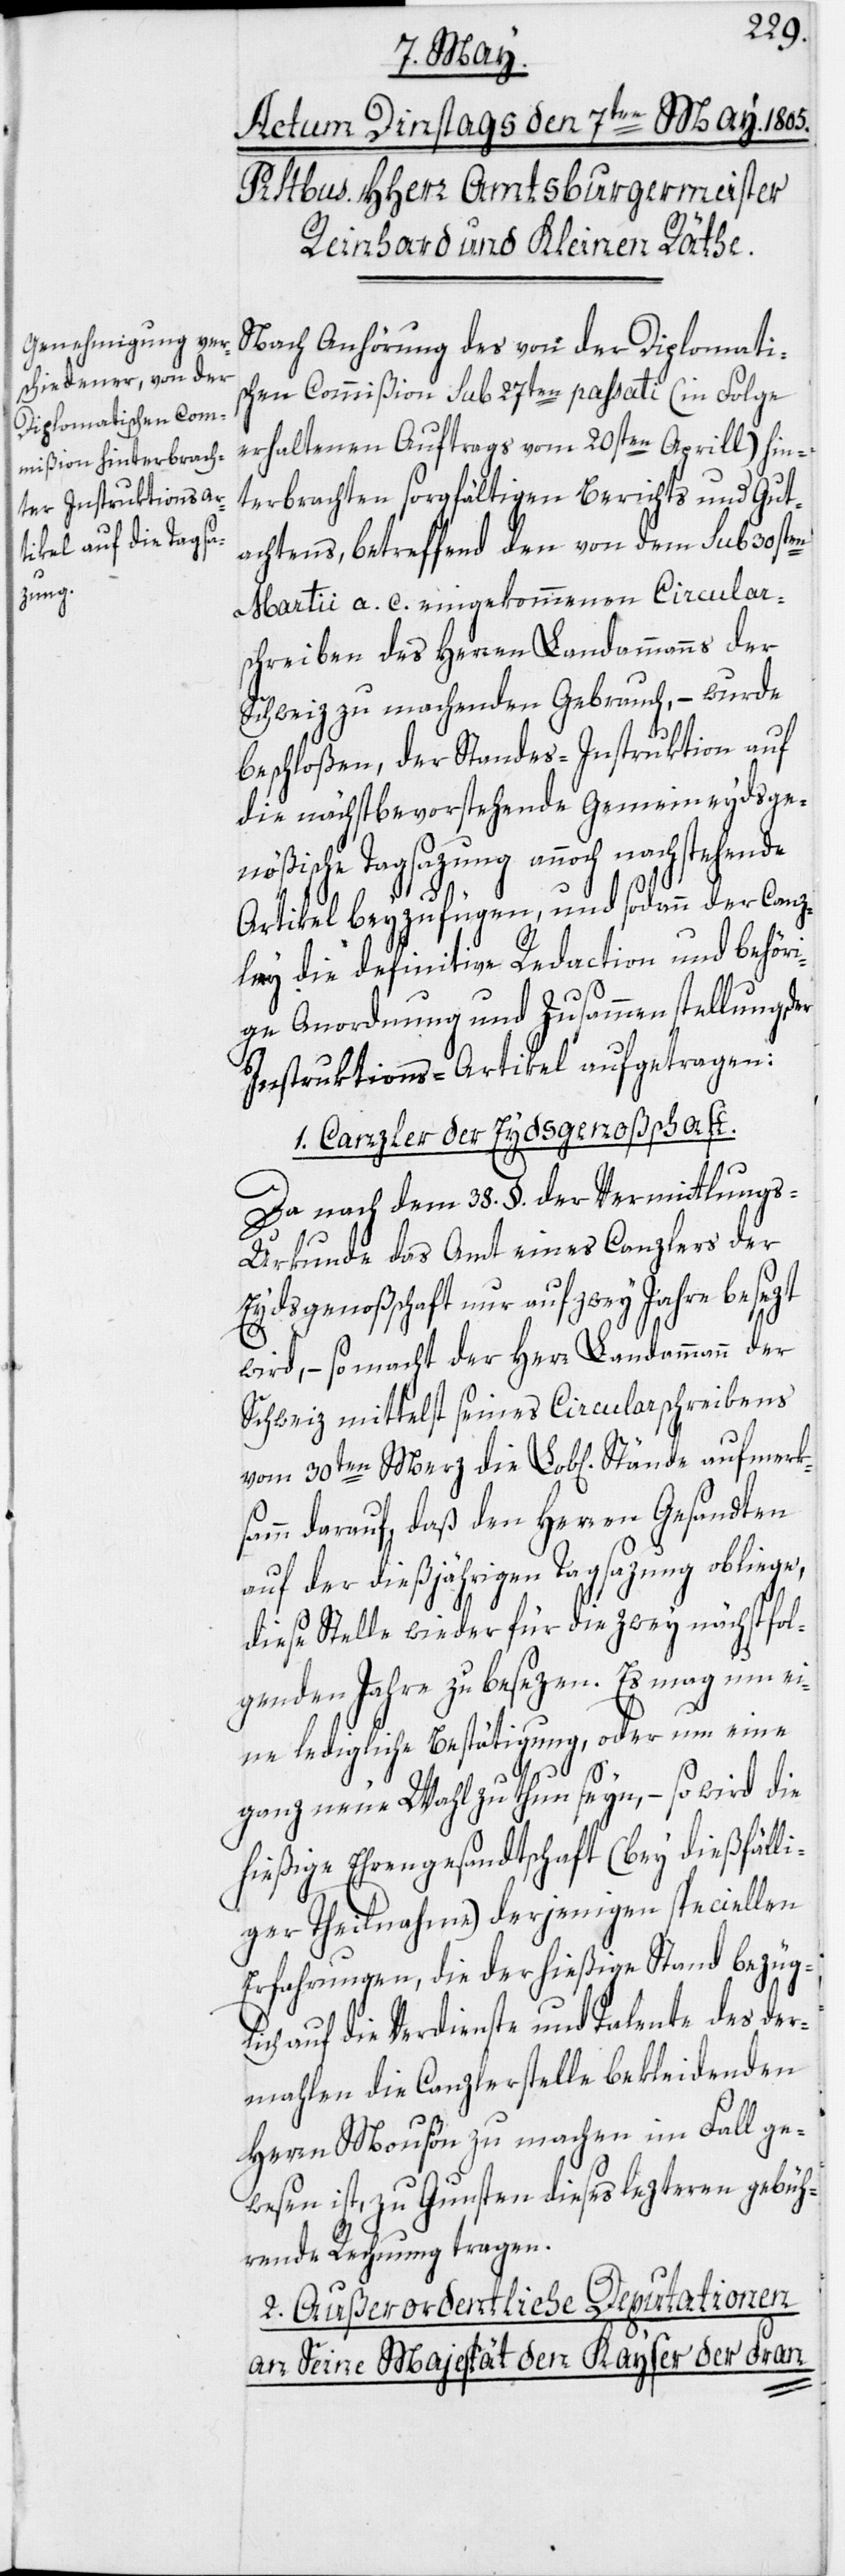
aufmerk¬

Nach Anhörung des von der Diplomatis¬
chen Commißion sub 27ten passati (in Folge
erhaltenen Auftrags vom 20sten Aprill) hin¬
terbrachten sorgfältigen Berichts und Gut¬
achtens, betreffend den von dem sub 30sten
Martii a. c. eingekommenen Circular¬
schreiben des Herren Landammanns der
Schweiz zu machenden Gebrauch, – wurde
beschloßen, der Standes-Instruktion auf
die nächstbevorstehende Gemeineydsge¬
nößische Tagsazung annoch nachstehende
Artikel beyzufügen, und sodann der Canz¬
ley die definitive Redaction und behöri¬
ge Anordung und Zusammenstellung der
Instruktions-Artikel aufgetragen:
1. Canzler der Eydsgenoßschaft.
Da nach dem 38. §. der Vermittlung¬
s-Urkunde das Amt eines Canzlers der
Eydsgenoßschaft nur auf zwey Jahre besezt
wird, – so macht der Herr Landammann der
Schweiz mittelst seines Circularschreibens
samm darauf, daß den Herren Gesandten
auf der dießjährigen Tagsazung obliege,
diese Stelle wieder für die zwey nächstfol¬
genden Jahre zu besezen. Es mag um ei¬
ne ledigliche Bestätigung, oder um eine
ganz neue Wahl zu thun seyn, – so wird die
hießige Ehrengesandtschaft (bey dießfälli¬
ger Theilnahme) derjenigen speciellen
Erfahrungen, die der hießige Stand bezüg¬
lich auf die Verdienste und Talente des der¬
mahlen die Canzlerstelle bekleidenden
Herrn Moußon zu machen im Fall ge¬
wesen ist, zu Gunsten dieses lezteren gebüh¬
rende Rechnung zu tragen.
2. Außerordentliche Deputationen
an Seine Majestät den Kayser der Fran-